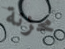
محزنة